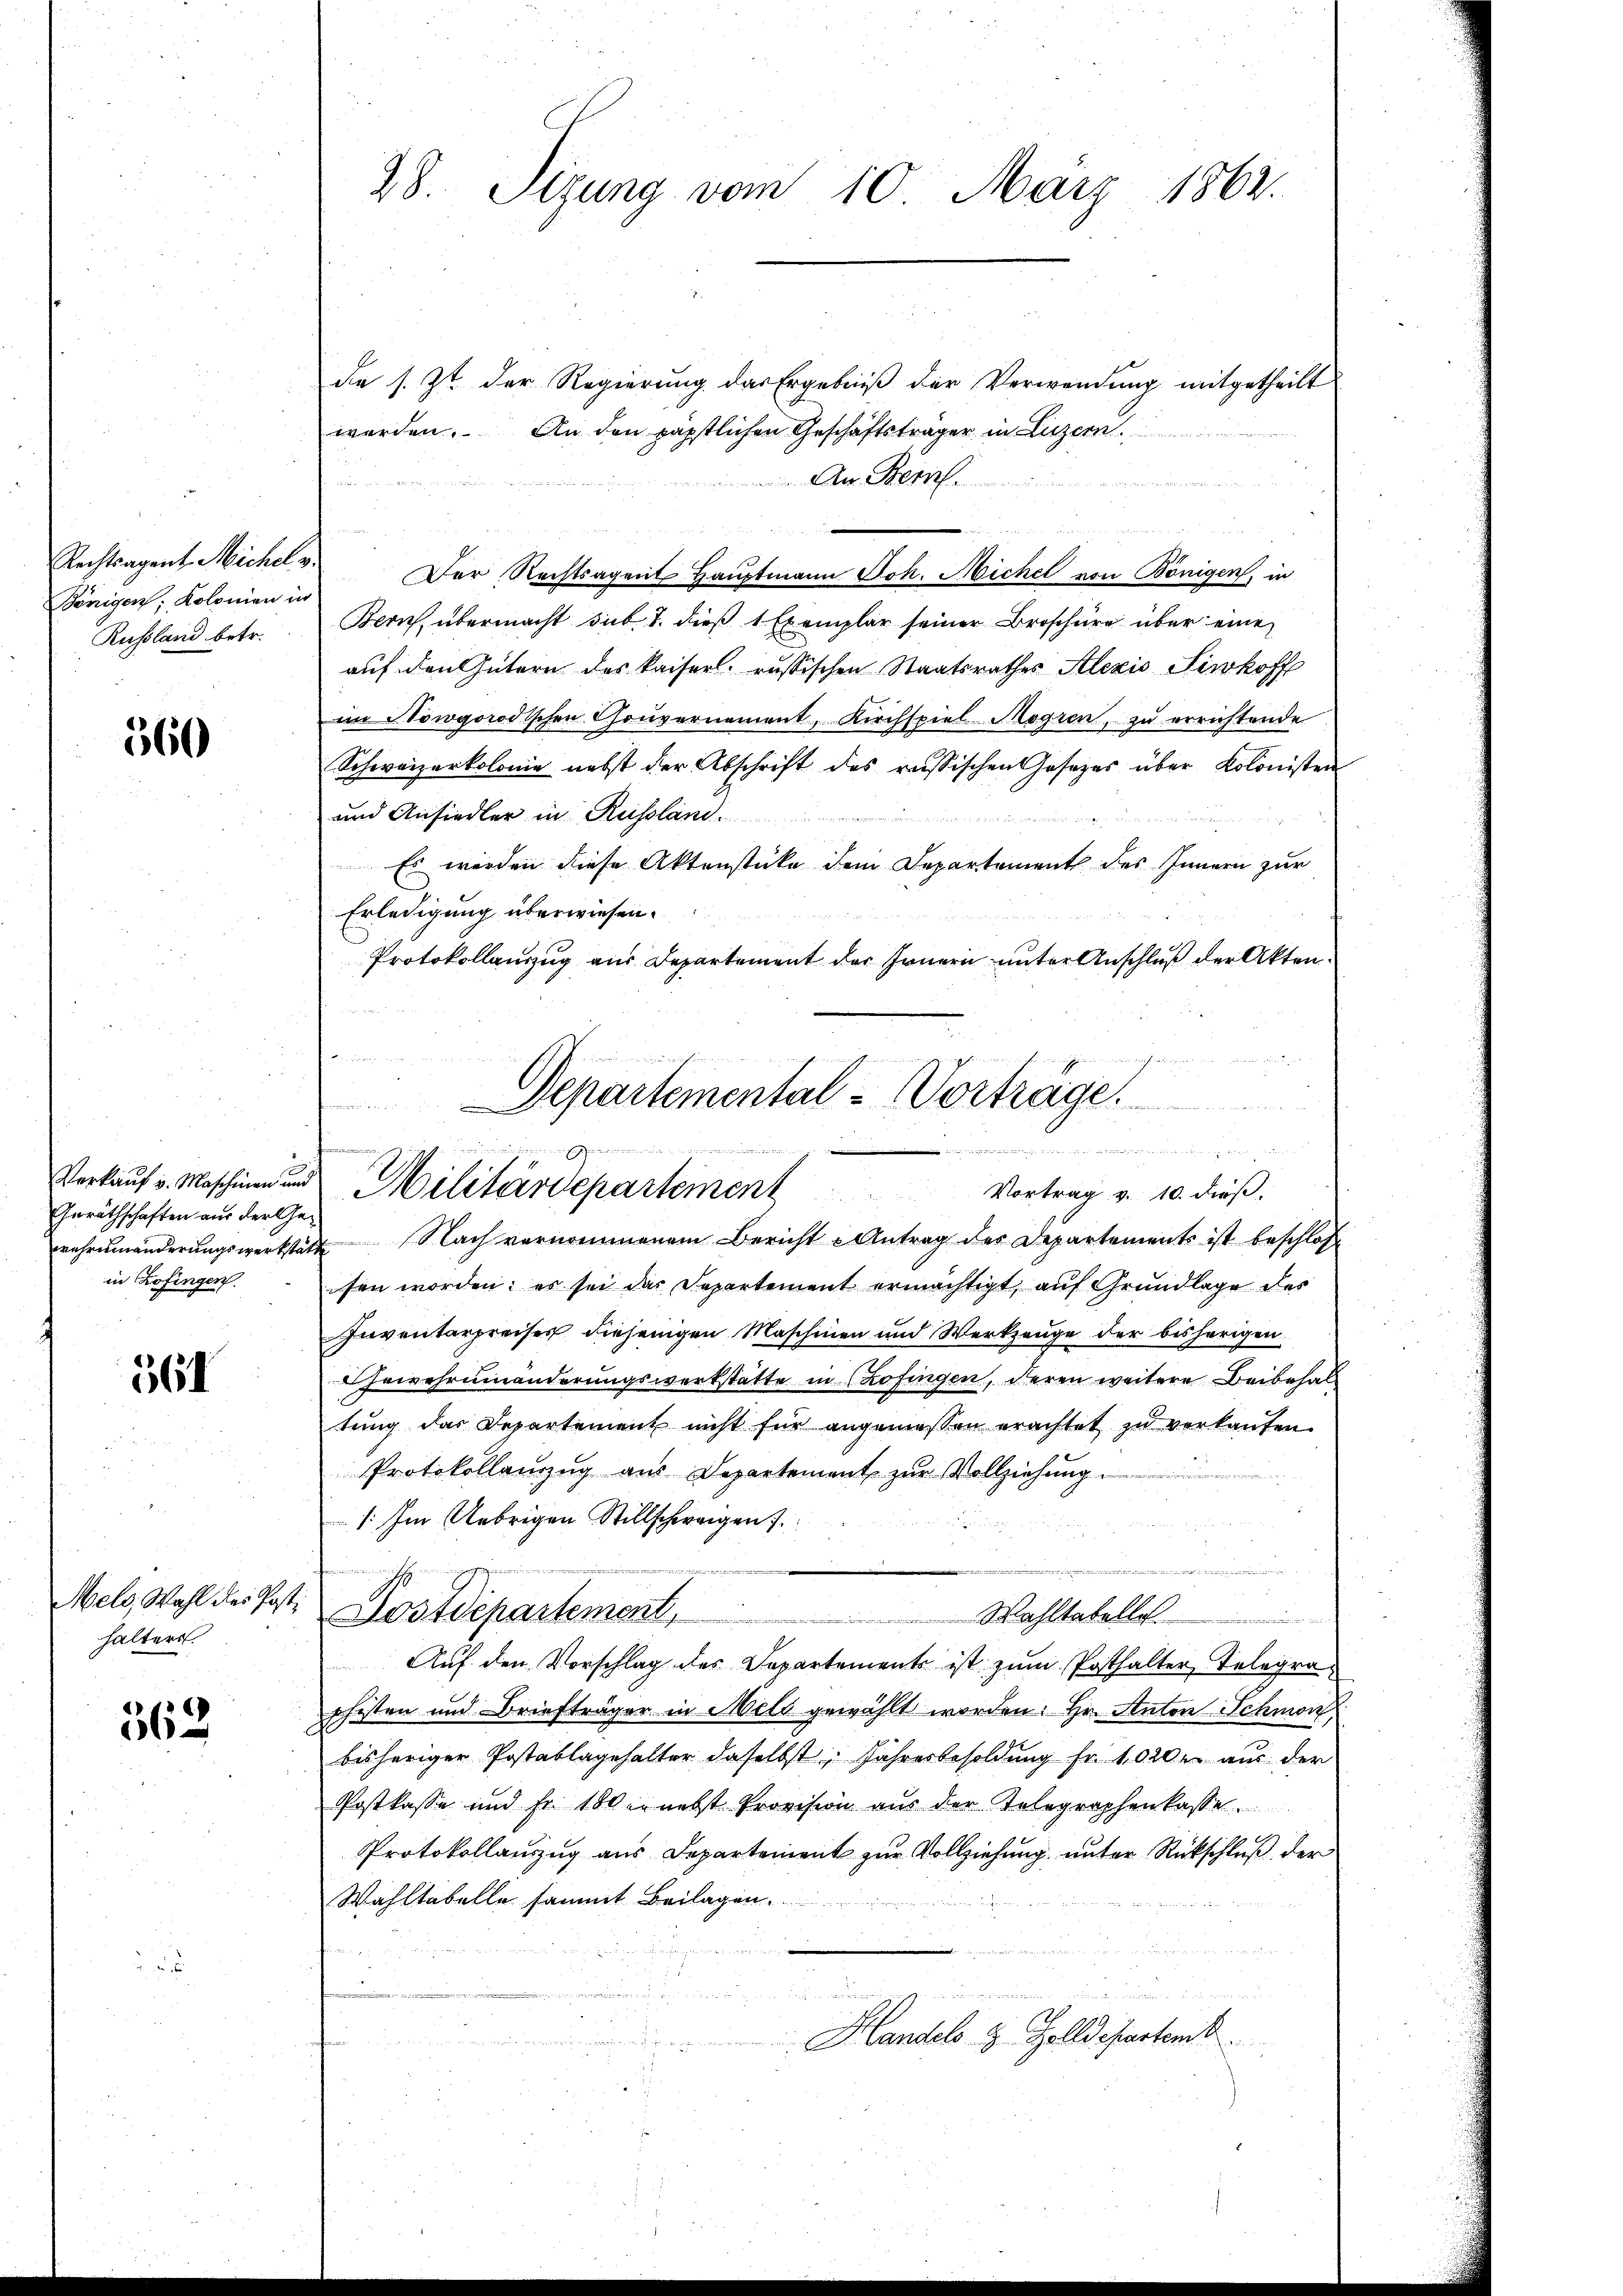
Rechtsagent Michel v
Bönigen, Kolonien in
Russland betr.

560

Verkauf v. Maschinen und
Geräthschaften aus der Gewehrenmanderungswerkstät
in Zofingen.

564

Meld, Wahl des Posthalters.

362

28. Sizung vom 10. März 1862.

die s. Zt. der Regierung das Ergebniß der Verwendung mitgetheilt
werden. An den päpstlichen Geschäftsträger in Luzern
An Bern.

Der Rechtsagent Hauptmann Joh. Michel von Bönigen, in
Bern übermacht sub. 1. dieß 1 Exemplar seiner Broschüre über eine
auf den Gütern des Kaiserl russischen Staatsrathes Alexis Ferkoff
im Nowgorodischen Couvernement, Kirchspiel Mogren, zu errichtende
Schweizerkolonie nebst der Abschrift des russischen Gesetzes über Kolonisten
und Ansiedler in Russland.
Es werden diese Aktenstücke dem Departement des Innern zur
Erledigung überwiesen.
Protokollauszug aus Departement der Irnern unter Anschluß der Akten.

Nach vernommenem Bericht Antrag des Departements ist beschlos
sen worden; es sei das Departement ermächtigt, auf Grundlage des
Inventerpreises diejenigen Maschinen und Werkzeuge der bisherigen
Ehewehreinanderungswerkstatte in Zofingen, deren weitere Beibehalt
tung das Departement nicht für angemessen erachtet zu verkanten.
Protokollaŭszŭg aŭs Departement zŭr Vollziehung
/: Im Uebrigen Stillschweigen

u

Dostdepartement, Wahltatelle
Auf den Vorschlag des Departement ist zum Posthalter Telegra
shisten und Briefträger in Meld gewählt worden: Hr. Anton Schmon
bisheriger Postablagehalter daselbst, Jahresbesoldung Fr. 1020 aus der
Postkasse und Fr. 100 er nebst Provision aus der Telegraphenkasse
Protokollauszug aus Departement zur Vollziehung unter Rückschluß der
Wahltabelle sammt Beilagen.
.
Handels z. Zolldepartent

. Beisa
Departemental - Vorträge.

winen gemeinderen ein
Militärdepartement Vortrag v. 10. dieß.